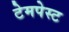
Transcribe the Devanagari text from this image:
टेमपेस्ट